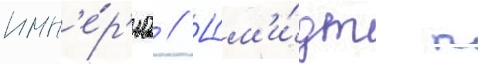
имп'е́р'иа // Шм'и́дт п